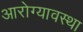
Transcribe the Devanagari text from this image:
आरोग्यावस्था